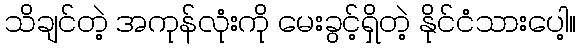
သိချင်တဲ့ အကုန်လုံးကို မေးခွင့်ရှိတဲ့ နိုင်ငံသားပေါ့။